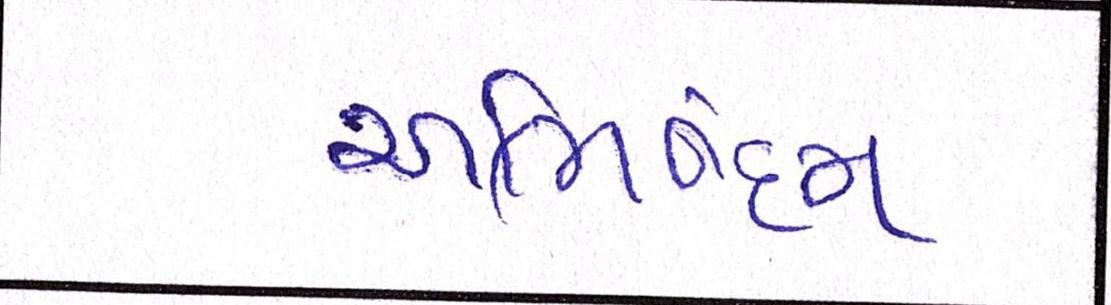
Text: અભિનંદન